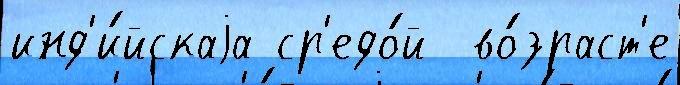
инд'и́йскаjа ср'едо́й  во́зраст'е